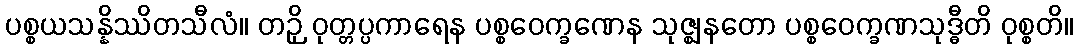
ပစ္စယသန္နိဿိတသီလံ။ တဉှိ ဝုတ္တပ္ပကာရေန ပစ္စဝေက္ခဏေန သုဇ္ဈနတော ပစ္စဝေက္ခဏသုဒ္ဓီတိ ဝုစ္စတိ။